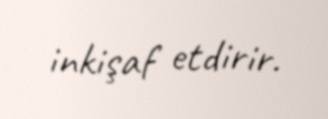
inkişaf etdirir.